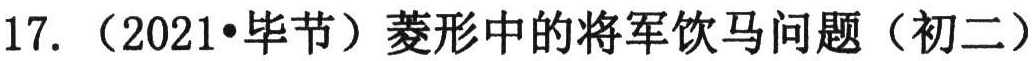
17. （2021•毕节）菱形中的将军饮马问题（初二）